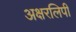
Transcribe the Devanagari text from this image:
अक्षरलिपी